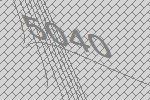
5040